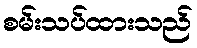
စမ်းသပ်ထားသည်